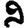
Digit: 9